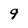
Character: 9